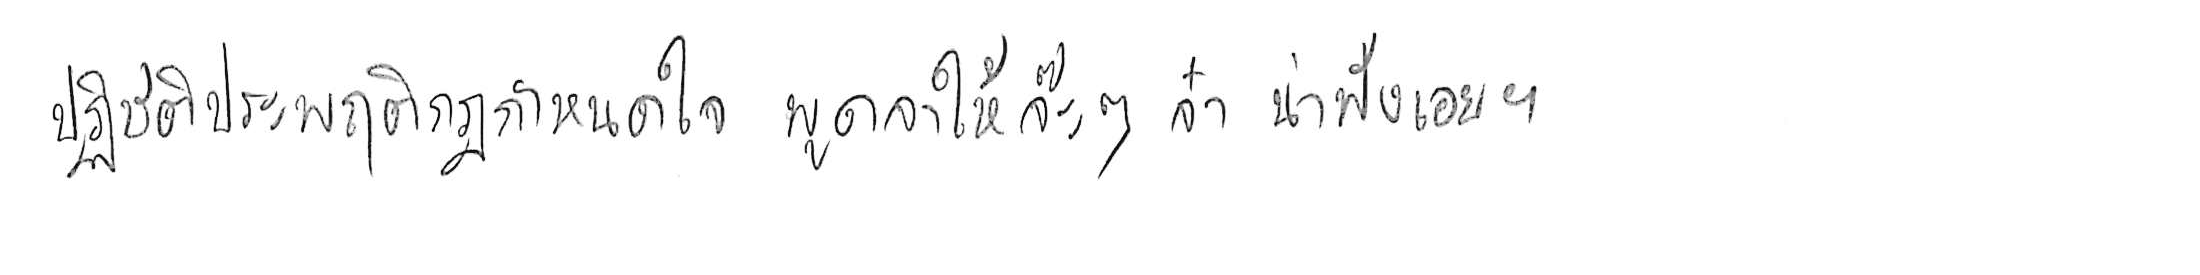
ปฏิบัติประพฤติกฎกำหนดใจ พูดจาให้จ๊ะๆ จ๋า น่าฟังเอยฯ